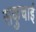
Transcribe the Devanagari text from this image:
सकुचाई